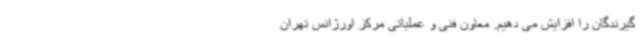
گیرندگان را افزایش می دهیم. معاون فنی و عملیاتی مرکز اورژانس تهران